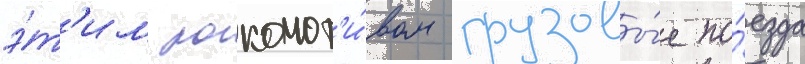
э́т'им локомот'и́вом грузовы́е по́езда